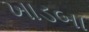
ખાડબા